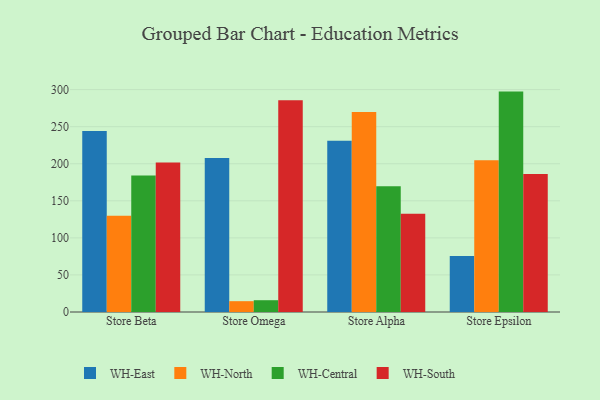
{"axis": {"x": "Store", "y": "Market Share (%)"}, "legend": ["WH-Central", "WH-East", "WH-North", "WH-South"], "data": [{"x": "Store Beta", "y": 244.1, "type": "WH-East"}, {"x": "Store Beta", "y": 129.7, "type": "WH-North"}, {"x": "Store Beta", "y": 184.1, "type": "WH-Central"}, {"x": "Store Beta", "y": 201.5, "type": "WH-South"}, {"x": "Store Omega", "y": 207.8, "type": "WH-East"}, {"x": "Store Omega", "y": 14.6, "type": "WH-North"}, {"x": "Store Omega", "y": 15.9, "type": "WH-Central"}, {"x": "Store Omega", "y": 285.5, "type": "WH-South"}, {"x": "Store Alpha", "y": 231.1, "type": "WH-East"}, {"x": "Store Alpha", "y": 269.8, "type": "WH-North"}, {"x": "Store Alpha", "y": 169.5, "type": "WH-Central"}, {"x": "Store Alpha", "y": 132.6, "type": "WH-South"}, {"x": "Store Epsilon", "y": 75.7, "type": "WH-East"}, {"x": "Store Epsilon", "y": 204.8, "type": "WH-North"}, {"x": "Store Epsilon", "y": 297.3, "type": "WH-Central"}, {"x": "Store Epsilon", "y": 186.1, "type": "WH-South"}]}